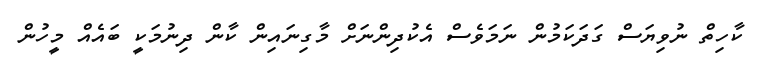
ކާހިތް ނުވިޔަސް ގަދަކަމުން ނަމަވެސް އެކުދިންނަށް މާގިނައިން ކާން ދިނުމަކީ ބައެއް މީހުން